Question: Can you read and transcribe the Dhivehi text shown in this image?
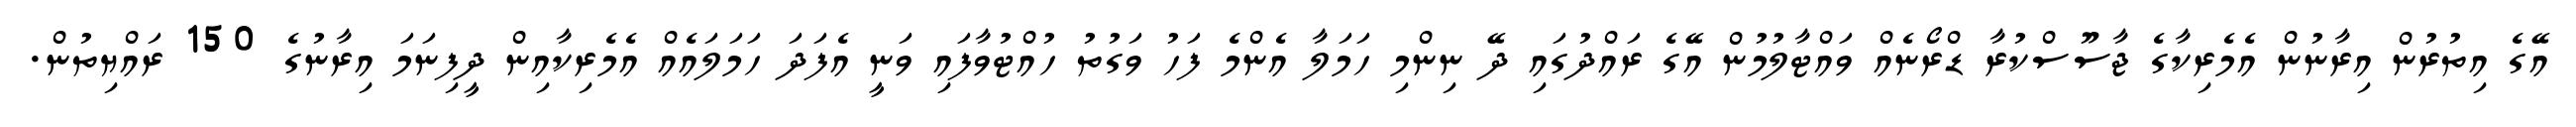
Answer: އޭގެ އިތުރުން އިރާނުން އެމެރިކާގެ ޖާސޫސްކުރާ ޑްރޯނެއް ވައްޓާލުމުން އޭގެ ރައްދުގައި ދޭ ނިންމި ހަމަލާ އެންމެ ފަހު ވަގުތު ހުއްޓުވާފައި ވަނީ އެފަދަ ހަމަލައެއް އެމެރިކާއިން ދީފިނަމަ އިރާނުގެ 150 ރައްޔިތުން.